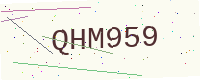
Text: QHM959